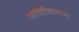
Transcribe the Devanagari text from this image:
आलैहीसलाम